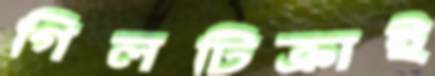
গিলটিক্রাই